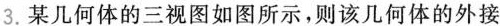
3.某几何体的三视图如图所示，则该几何体的外接